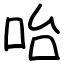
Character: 咍